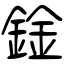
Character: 鍂